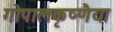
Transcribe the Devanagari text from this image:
गोपालकृष्णैया